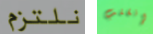
نلتزم إنقلب